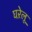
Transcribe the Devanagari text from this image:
घऱेलू